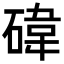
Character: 𥔬